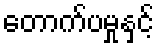
တောက်ပမှုနှင့်